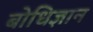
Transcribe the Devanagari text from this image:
बोधिज्ञान